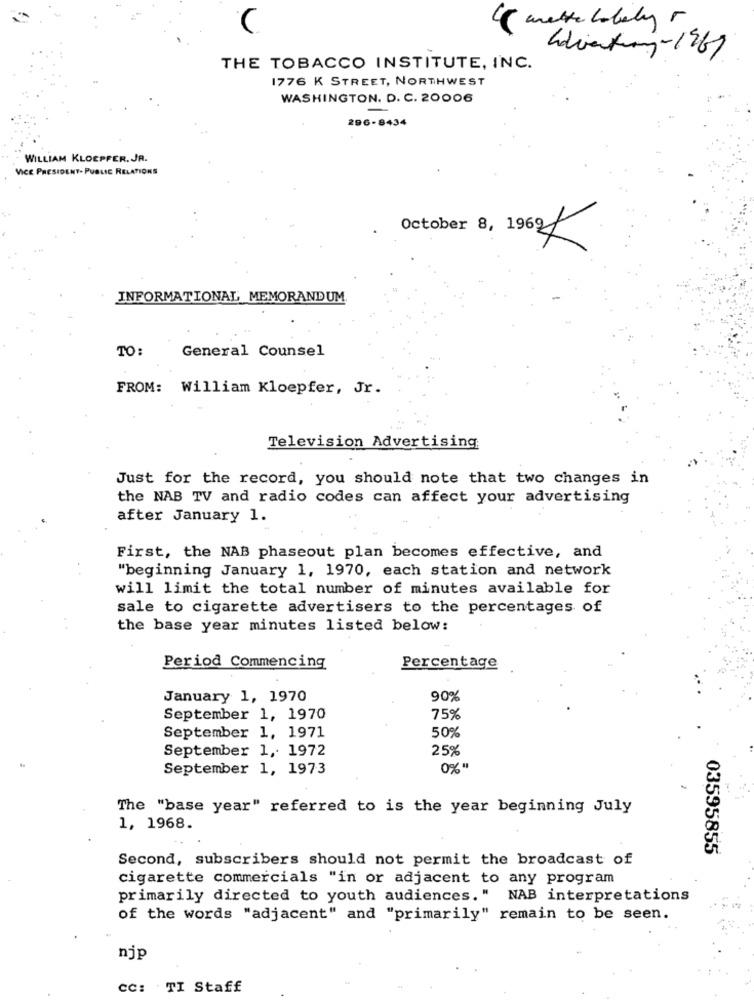
4 wetter hotely r
THE TOBACCO INSTITUTE, INC.
1776 K STREET, NORTHWEST
WASHINGTON. D. C. 20006
296-8434
WILLIAM KLOEPFER. JA.
VICE PRESIDENT- PUBLIC RELATIONS
October 8, 1969
INFORMATIONAL MEMORANDUM
TO:
General Counsel
FROM: William Kloepfer, Jr.
Television Advertising
Just for the record, you should note that two changes in
the NAB TV and radio codes can affect your advertising
after January 1.
First, the NAB phaseout plan becomes effective, and
"beginning January 1, 1970, each station and network
will limit the total number of minutes available for
sale to cigarette advertisers to the percentages of
the base year minutes listed below:
Period Commencing
Percentage
January 1, 1970
90%
September 1, 1970
75%
September 1, 1971
50%
September 1, 1972
25%
September 1, 1973
0% "
The "base year" referred to is the year beginning July
1, 1968.
03595855
Second, subscribers should not permit the broadcast of
cigarette commercials "in or adjacent to any program
primarily directed to youth audiences." NAB interpretations
of the words "adjacent" and "primarily" remain to be seen.
njp
CC: TI Staff